Indian Medical Review
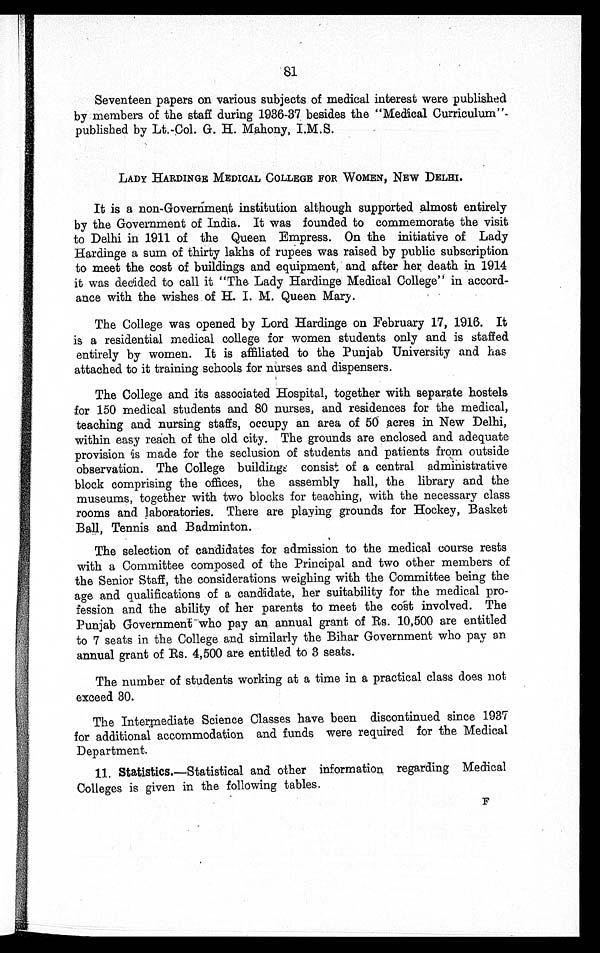
81
Seventeen papers on various subjects of medical interest were published
by members of the staff during 1936-37 besides the "Medical Curriculum
" p u b l i s h e d b y L t . - C o l . G . H . M a h o n y , I . M . S .
LADY HARDINGE MEDICAL COLLEGE FOR WOMEN, NEW DELHI.
It is a non-Government institution although supported almost entirely
by the Government of India. It was founded to commemorate the visit
to Delhi in 1911 of the Queen Empress. On the initiative of Lady
Hardinge a sum of thirty lakhs of rupees was raised by public subscription
to meet the cost of buildings and equipment, and after her death in 1914
it
was decided to call it "The Lady Hardinge Medical College" in accord-
-
ance with the wishes of H. I. M. Queen Mary.
The College was opened by Lord Hardinge on February 17, 1916. It
is a residential medical college for women students only and is staffed
entirely by women. It is affiliated to the Punjab University and has
attached to it training schools for nurses and dispensers.
The College and its associated Hospital, together with separate hostels
for 150 medical students and 80 nurses, and residences for the medical,
teaching and nursing staffs, occupy an area of 50 acres in New Delhi,
within easy reach of the old city. The grounds are enclosed and adequate
provision is made for the seclusion of students and patients from outside
observation. The College buildings consist of a central administrative
block comprising the offices, the assembly hall, the library and the
museums, together with two blocks for teaching, with the necessary class
rooms and laboratories. There are playing grounds for Hockey, Basket
Ba l l , Te n n i s a n d Ba d mi n t o n .
The selection of candidates for admission to the medical course rests
with a Committee composed of the Principal and two other members of
the Senior Staff, the considerations weighing with the Committee being the
age and qualifications of a candidate, her suitability for the medical pro-
fession and the ability of her parents to meet the cost involved. The
Punjab Government - who pay an annual grant of Rs. 10,500 are entitled
to 7 seats in the College and similarly the Bihar Government who pay an
annual grant of Rs. 4,500 are entitled to 3 seats.
T h e n u m b e r o f s t u d e n t s w o r k i n g a t a t i m e i n a p r a c t i c a l c l a s s d o e s n o t e x c e e d 3 0 .
T h e I n t e r m e d i a t e S c i e n c e C l a s s e s h a v e b e e n d i s c o n t i n u e d s i n c e 1 9 3 7 f o r a d d i t i o n a l a c c o m m o d a t i o n a n d f u n d s w e r e r e q u i r e d f o r t h e M e d i c a l D e p a r t m e n t .
11. Statistics. —Statistical and other information regarding Medical
Colleges is given in the following tables.